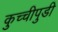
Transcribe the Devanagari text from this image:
कुच्चीपुडी